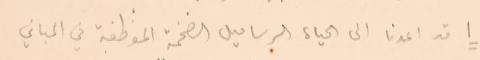
١ قد اعدنا الى الحياة الرساميل الضخمة الموظفة في المباني